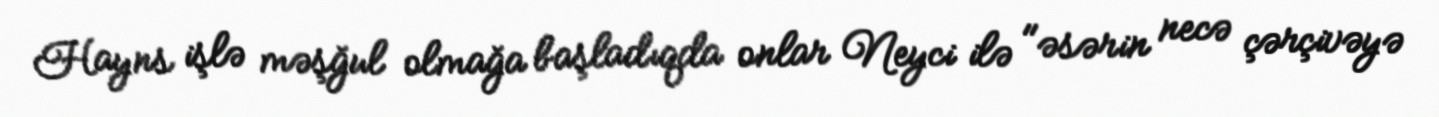
Hayns işlə məşğul olmağa başladıqda onlar Neyci ilə "əsərin necə çərçivəyə